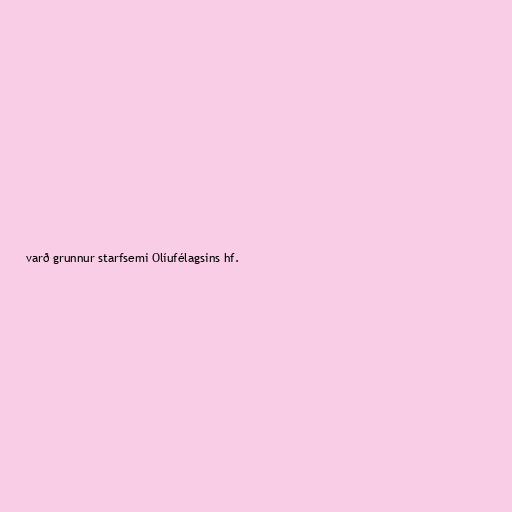
varð grunnur starfsemi Olíufélagsins hf.